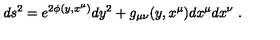
d s ^ { 2 } = e ^ { 2 \phi ( y , x ^ { \mu } ) } d y ^ { 2 } + g _ { \mu \nu } ( y , x ^ { \mu } ) d x ^ { \mu } d x ^ { \nu } \ .